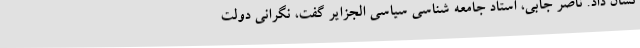
نشان داد. ناصر جابی، استاد جامعه شناسی سیاسی الجزایر گفت، نگرانی دولت